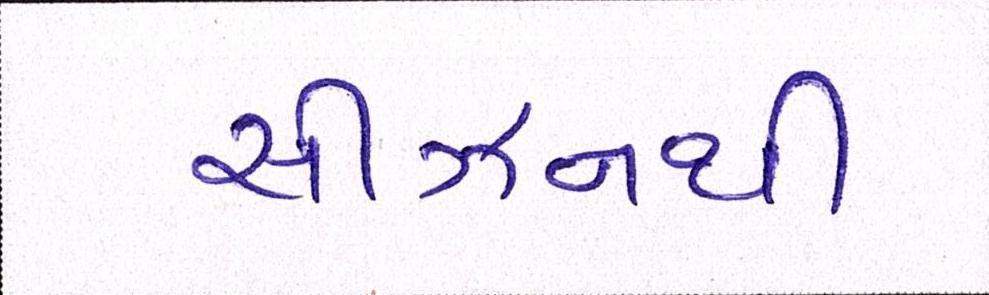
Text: સીઝનથી